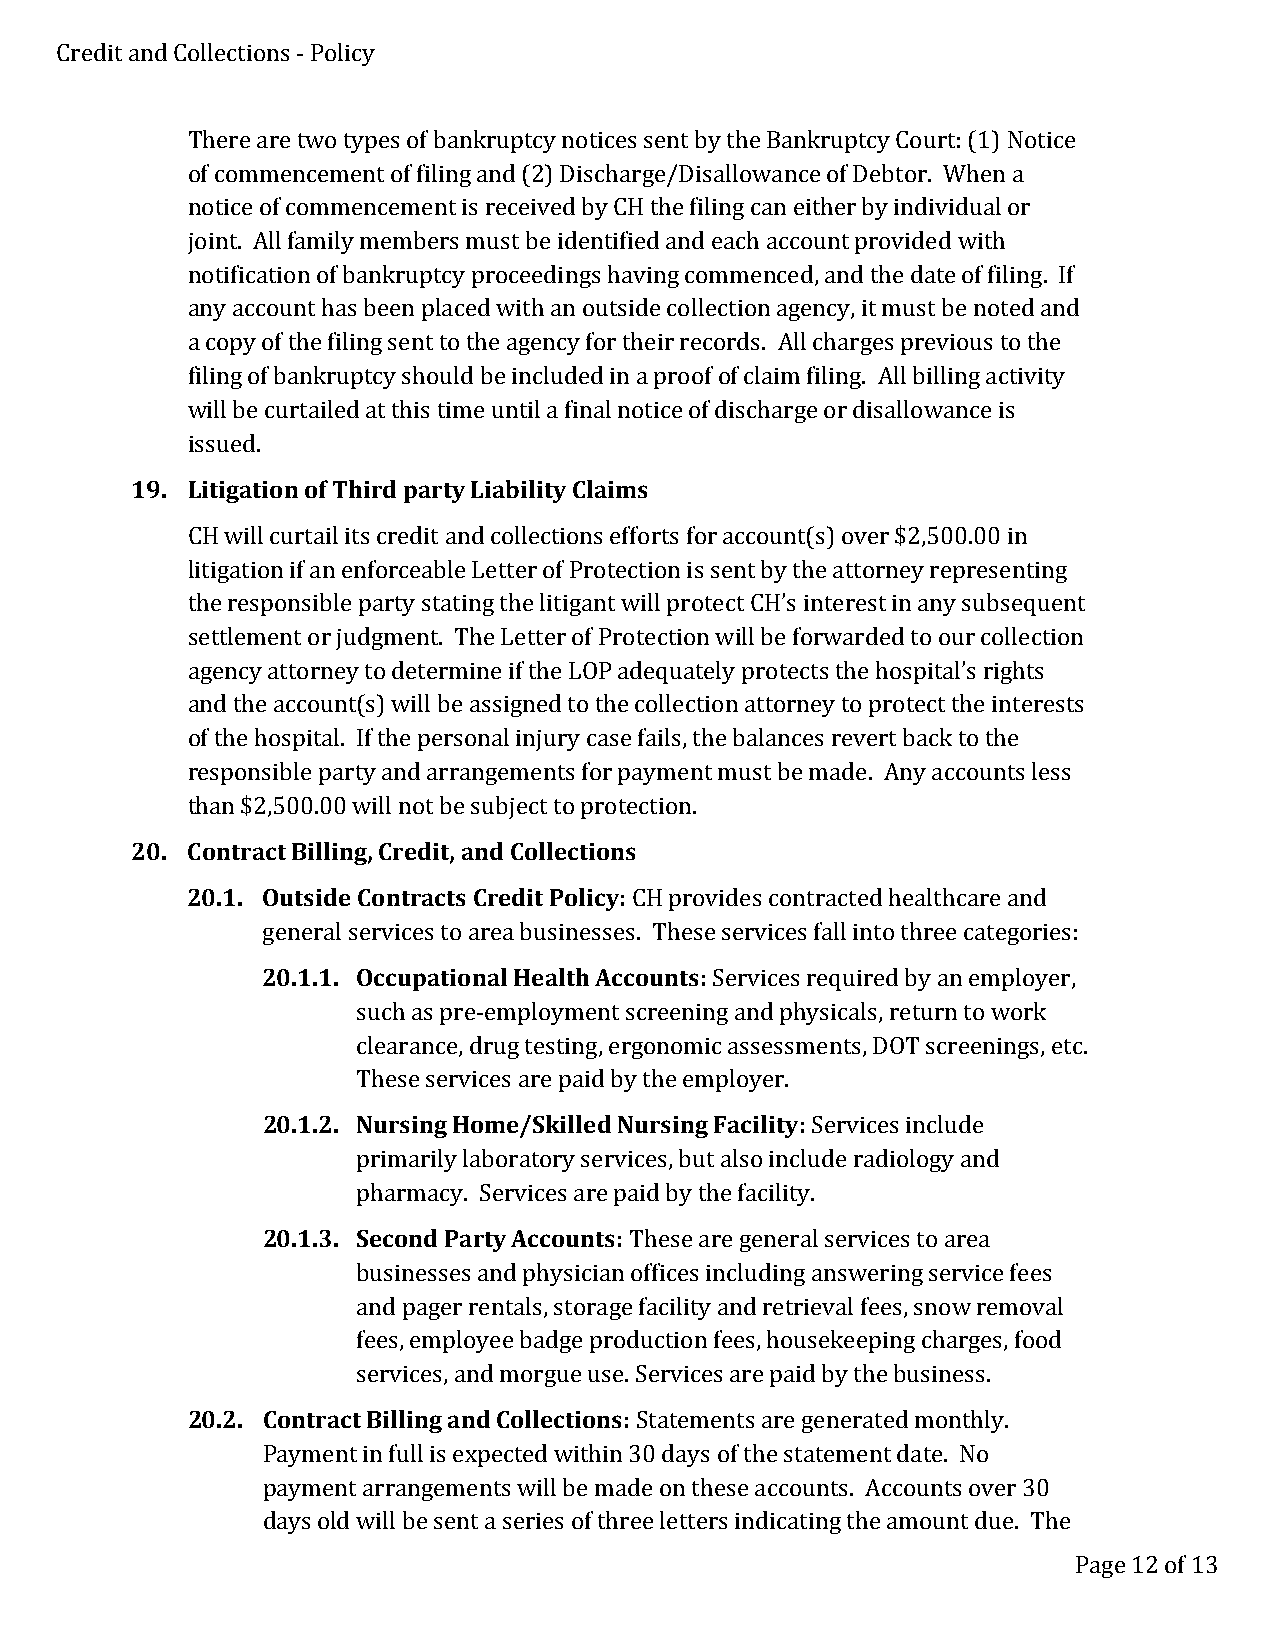
Credit and Collections - Policy
 There are two types of bankruptcy notices sent by the Bankruptcy Court: (1) Notice
 of commencement of filing and (2) Discharge/Disallowance of Debtor. When a
 notice of commencement is received by CH the filing can either by individual or
 joint. All family members must be identified and each account provided with
 notification of bankruptcy proceedings having commenced, and the date of filing. If
 any account has been placed with an outside collection agency, it must be noted and
 a copy of the filing sent to the agency for their records. All charges previous to the
 filing of bankruptcy should be included in a proof of claim filing. All billing activity
 will be curtailed at this time until a final notice of discharge or disallowance is
 issued.
 19. Litigation of Third party Liability Claims
 CH will curtail its credit and collections efforts for account(s) over $2,500.00 in
 litigation if an enforceable Letter of Protection is sent by the attorney representing
 the responsible party stating the litigant will protect CH’s interest in any subsequent
 settlement or judgment. The Letter of Protection will be forwarded to our collection
 agency attorney to determine if the LOP adequately protects the hospital’s rights
 and the account(s) will be assigned to the collection attorney to protect the interests
 of the hospital. If the personal injury case fails, the balances revert back to the
 responsible party and arrangements for payment must be made. Any accounts less
 than $2,500.00 will not be subject to protection.
 20. Contract Billing, Credit, and Collections
 20.1. Outside Contracts Credit Policy: CH provides contracted healthcare and
 general services to area businesses. These services fall into three categories:
 20.1.1. Occupational Health Accounts: Services required by an employer,
 such as pre-employment screening and physicals, return to work
 clearance, drug testing, ergonomic assessments, DOT screenings, etc.
 These services are paid by the employer.
 20.1.2. Nursing Home/Skilled Nursing Facility: Services include
 primarily laboratory services, but also include radiology and
 pharmacy. Services are paid by the facility.
 20.1.3. Second Party Accounts: These are general services to area
 businesses and physician offices including answering service fees
 and pager rentals, storage facility and retrieval fees, snow removal
 fees, employee badge production fees, housekeeping charges, food
 services, and morgue use. Services are paid by the business.
 20.2. Contract Billing and Collections: Statements are generated monthly.
 Payment in full is expected within 30 days of the statement date. No
 payment arrangements will be made on these accounts. Accounts over 30
 days old will be sent a series of three letters indicating the amount due. The
 Page 12 of 13